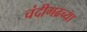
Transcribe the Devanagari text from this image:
चंदीगढच्या